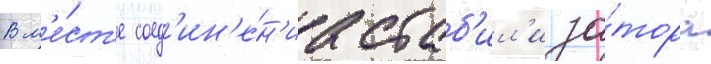
В м'е́ст'е соед'ин'е́н'иа стаб'ил'иза́тора